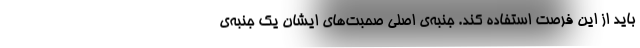
باید از این فرصت استفاده کند. جنبه‌ی اصلی صحبت‌های ایشان یک جنبه‌ی